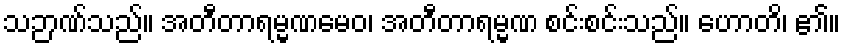
သဉာဏ်သည်။ အတီတာရမ္မဏမေဝ၊ အတီတာရမ္မဏ စင်းစင်းသည်။ ဟောတိ၊ ၏။